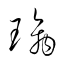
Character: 璃